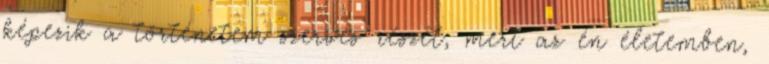
képezik a történetem szerves részét, mert az én életemben,